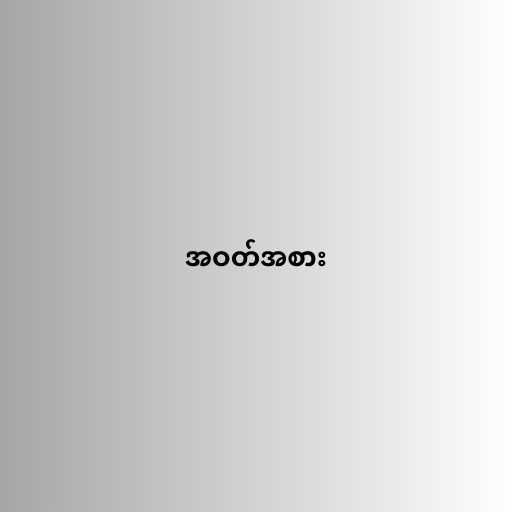
အဝတ်အစား